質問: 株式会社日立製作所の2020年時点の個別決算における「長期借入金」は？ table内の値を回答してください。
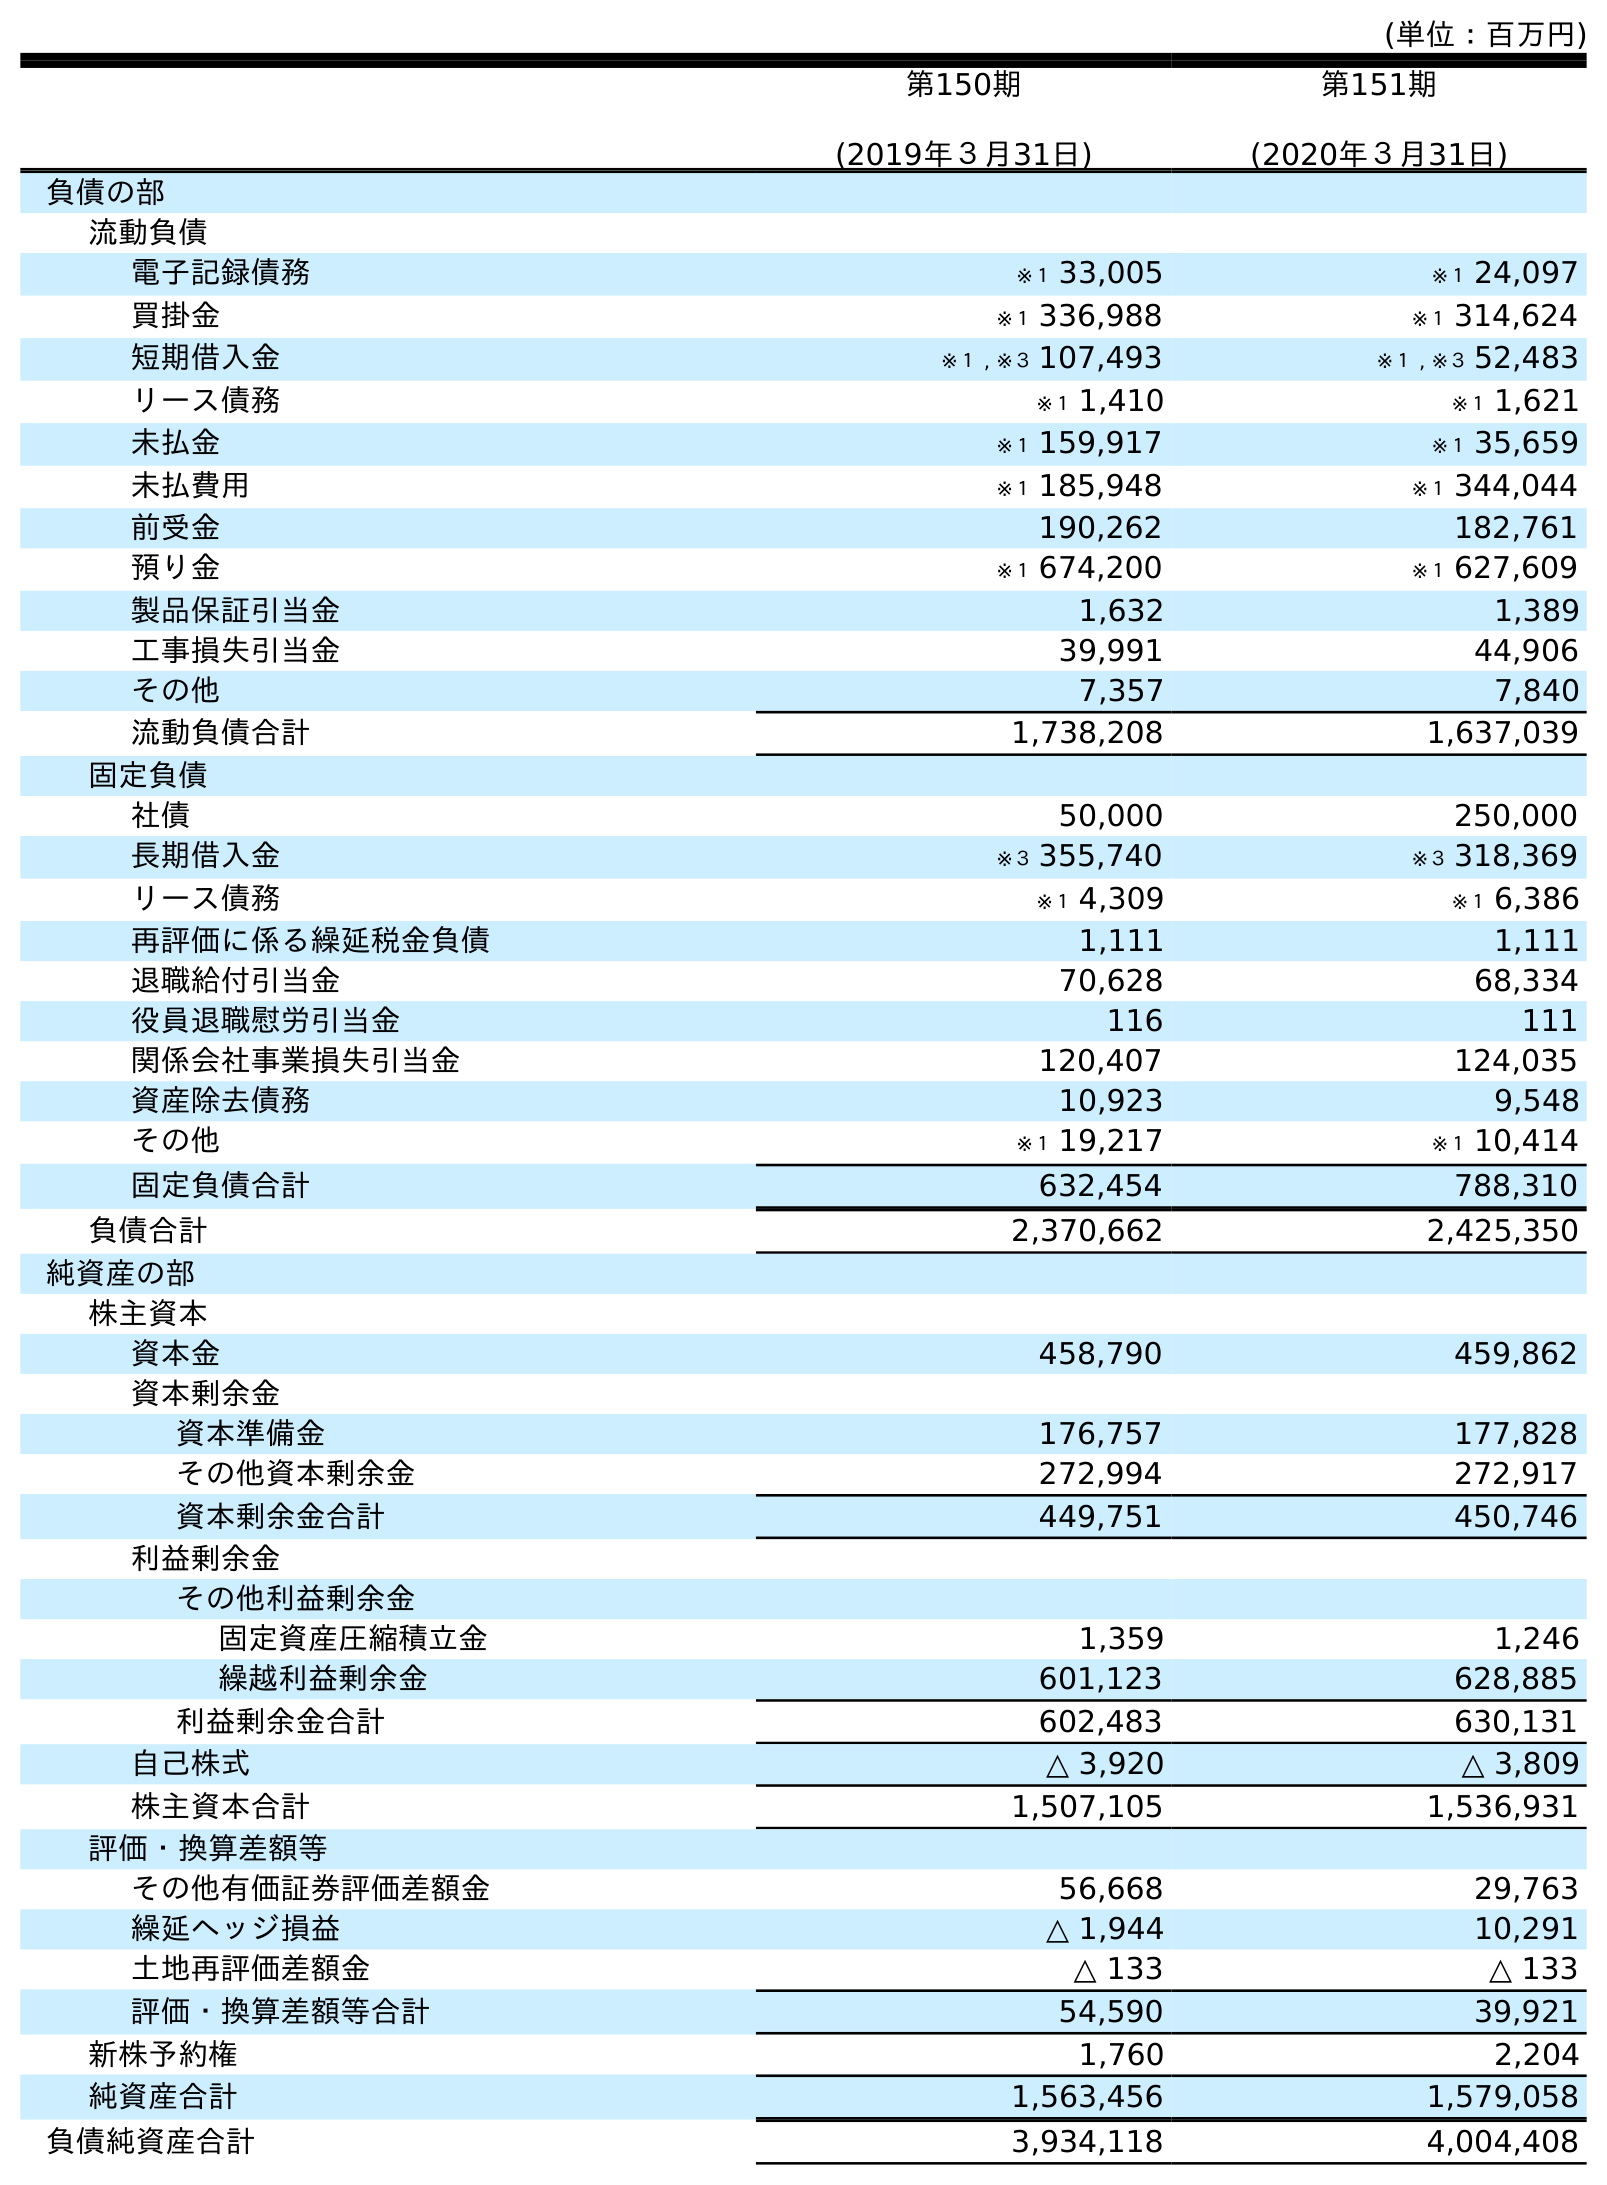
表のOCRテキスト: (単位：百万円) 第150期 (2019年３月31日) 第151期 (2020年３月31日) 負債の部 流動負債 電子記録債務 ※１ 33,005 ※１ 24,097 買掛金 ※１ 336,988 ※１ 314,624 短期借入金 ※１ , ※３ 107,493 ※１ , ※３ 52,483 リース債務 ※１ 1,410 ※１ 1,621 未払金 ※１ 159,917 ※１ 35,659 未払費用 ※１ 185,948 ※１ 344,044 前受金 190,262 182,761 預り金 ※１ 674,200 ※１ 627,609 製品保証引当金 1,632 1,389 工事損失引当金 39,991 44,906 その他 7,357 7,840 流動負債合計 1,738,208 1,637,039 固定負債 社債 50,000 250,000 長期借入金 ※３ 355,740 ※３ 318,369 リース債務 ※１ 4,309 ※１ 6,386 再評価に係る繰延税金負債 1,111 1,111 退職給付引当金 70,628 68,334 役員退職慰労引当金 116 111 関係会社事業損失引当金 120,407 124,035 資産除去債務 10,923 9,548 その他 ※１ 19,217 ※１ 10,414 固定負債合計 632,454 788,310 負債合計 2,370,662 2,425,350 純資産の部 株主資本 資本金 458,790 459,862 資本剰余金 資本準備金 176,757 177,828 その他資本剰余金 272,994 272,917 資本剰余金合計 449,751 450,746 利益剰余金 その他利益剰余金 固定資産圧縮積立金 1,359 1,246 繰越利益剰余金 601,123 628,885 利益剰余金合計 602,483 630,131 自己株式 △ 3,920 △ 3,809 株主資本合計 1,507,105 1,536,931 評価・換算差額等 その他有価証券評価差額金 56,668 29,763 繰延ヘッジ損益 △ 1,944 10,291 土地再評価差額金 △ 133 △ 133 評価・換算差額等合計 54,590 39,921 新株予約権 1,760 2,204 純資産合計 1,563,456 1,579,058 負債純資産合計 3,934,118 4,004,408
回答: ※３318,369